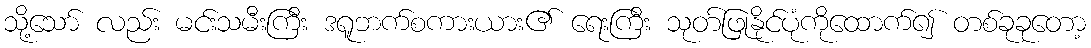
သို့သော် လည်း မင်းသမီးကြီး ဒရူဘက်စကားယား၏ ရေးကြီး သုတ်ဖြုနိုင်ပုံကိုထောက်၍ တစ်ခုခုတော့